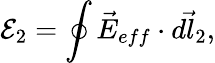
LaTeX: \mathcal E_{2}=\oint\vec{E}_{eff}\cdot\vec{dl_{2}},